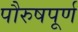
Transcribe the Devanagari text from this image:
पौरुषपूर्ण